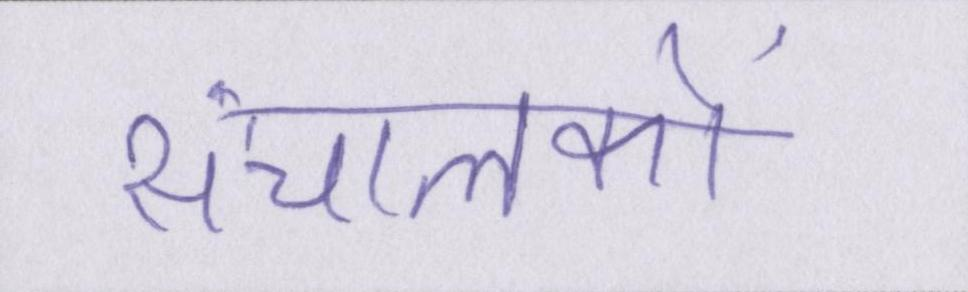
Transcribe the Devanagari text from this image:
संचालकों